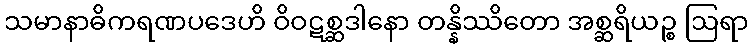
သမာနာဓိကရဏပဒေဟိ ဝိဝဋစ္ဆဒါနော တန္နိဿိတော အစ္ဆရိယဉ္စ ဩရာ